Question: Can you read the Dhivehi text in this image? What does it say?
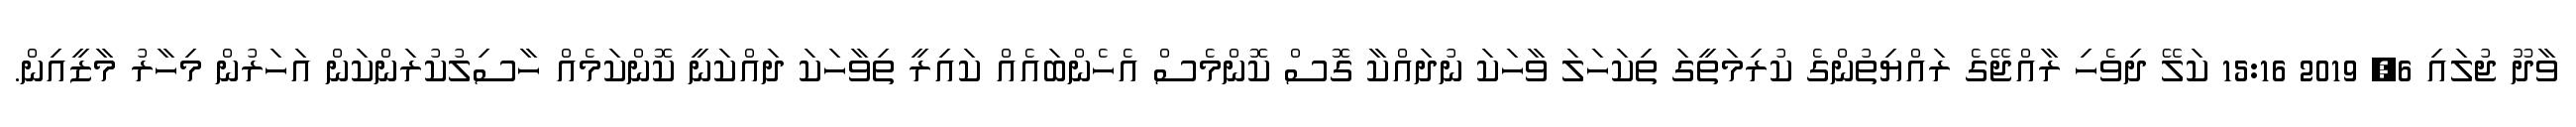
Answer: ވާދޫ ޖުލައި 6, 2019 15:16 ކަލޭ ދިވެހި ރާއްޖޭގެ ރައްޔިތުންގެ ކުރިމަތީގަ ތިކަހަލަ ވާހަކަ ނުދައްކާ ގޮސް ކޮންމެސް އެހެންބައެއް ކައިރީ ތިވާހަކަ ދައްކަނީ ކޮންކަމެއް ހާސިލުކުރަންކަން އަހަރުން މިހާރު މާޒީއިން.